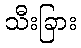
သီးခြား